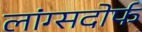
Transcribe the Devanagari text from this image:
लांग्सदोर्फ